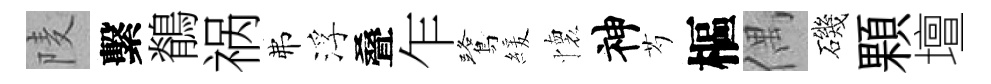
𨹧繫鶺祸弗浮叠乍鷺緩懷神芍樞偶磯顆壇